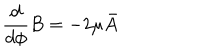
LaTeX: \frac { d } { d \phi } B = - 2 \mu \bar { A }